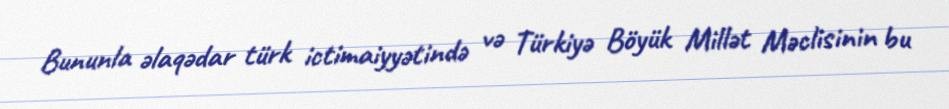
Bununla əlaqədar türk ictimaiyyətində və Türkiyə Böyük Millət Məclisinin bu